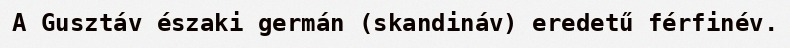
A Gusztáv északi germán (skandináv) eredetű férfinév.